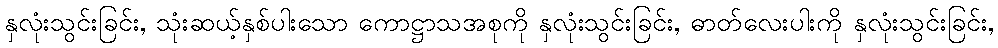
နှလုံးသွင်းခြင်း, သုံးဆယ့်နှစ်ပါးသော ကောဋ္ဌာသအစုကို နှလုံးသွင်းခြင်း, ဓာတ်လေးပါးကို နှလုံးသွင်းခြင်း,